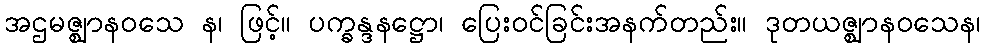
အဌမဇ္ဈာနဝသေ န၊ ဖြင့်။ ပက္ခန္ဒနဋ္ဌော၊ ပြေးဝင်ခြင်းအနက်တည်း။ ဒုတယဇ္ဈာနဝသေန၊